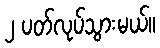
၂ ပတ်လုပ်သွားမယ်။